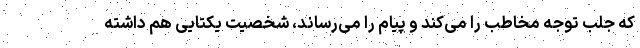
که جلب توجه مخاطب را می‌کند و پیام را می‌رساند، شخصیت یکتایی هم داشته